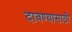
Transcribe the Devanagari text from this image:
दावण्यासाठी